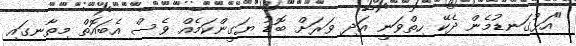
"އަޅުގަނޑުމެން ދެކޭ ހިތްވަނީ އަދި ވަރަށް ބޮޑު ޔަގީންކަމެއް ވެސް އެބައޮތް މިތާނގައި